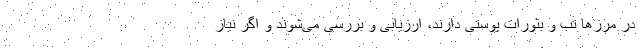
در مرزها تب و بثورات پوستی دارند، ‌ارزیابی و بررسی می‌شوند و اگر نیاز